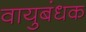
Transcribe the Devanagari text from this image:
वायुबंधक